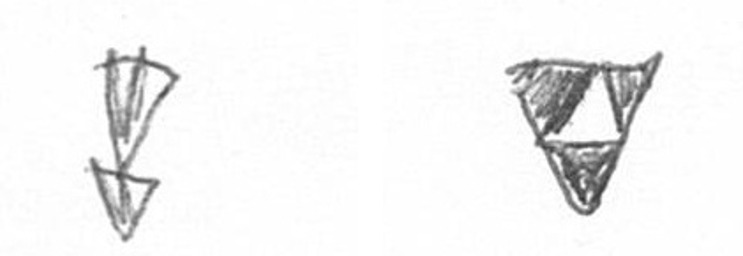
Z S